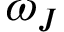
\omega _ { J }